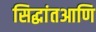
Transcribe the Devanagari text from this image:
सिद्धांतआणि